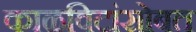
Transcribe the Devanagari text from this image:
काळविटांसोबत